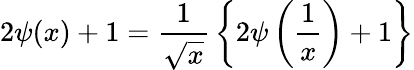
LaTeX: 2\psi(x)+1={\frac{1}{\sqrt{x}}}\left\{ 2\psi\left({\frac{1}{x}}\right)+1\right\}